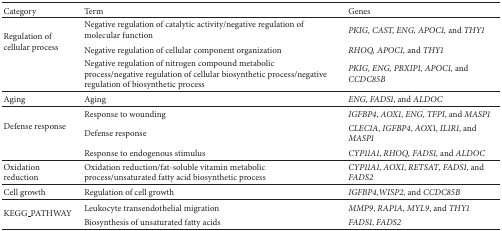
<table><thead><tr><td><b>Category</b></td><td><b>Term</b></td><td><b>Genes</b></td></tr></thead><tbody><tr><td rowspan="3">Regulation of cellular process</td><td>Negative regulation of catalytic activity/negative regulation of molecular function</td><td><i>PKIG, CAST, ENG, APOC1, </i>and <i>THY1</i></td></tr><tr><td>Negative regulation of cellular component organization</td><td><i>RHOQ, APOC1, </i>and <i>THY1</i></td></tr><tr><td>Negative regulation of nitrogen compound metabolic process/negative regulation of cellular biosynthetic process/negative regulation of biosynthetic process</td><td><i>PKIG, ENG, PBXIP1, APOC1, </i>and <i>CCDC85B</i></td></tr><tr><td>Aging </td><td>Aging</td><td><i>ENG</i>, <i>FADS1</i>, and <i>ALDOC</i></td></tr><tr><td rowspan="3">Defense response</td><td>Response to wounding</td><td><i>IGFBP4</i>, <i>AOX1</i>, <i>ENG</i>, <i>TFPI</i>, and <i>MASP1</i></td></tr><tr><td>Defense response</td><td><i>CLEC1A</i>, <i>IGFBP4</i>, <i>AOX</i>1, <i>IL1R1</i>, and <i>MASP1</i></td></tr><tr><td>Response to endogenous stimulus</td><td><i>CYP11A1</i>, <i>RHOQ, FADS1, </i>and <i>ALDOC</i></td></tr><tr><td>Oxidation reduction</td><td>Oxidation reduction/fat-soluble vitamin metabolic process/unsaturated fatty acid biosynthetic process</td><td><i>CYP11A1</i>, <i>AOX1</i>, <i>RETSAT</i>, <i>FADS1</i>, and <i>FADS2</i></td></tr><tr><td>Cell growth</td><td>Regulation of cell growth</td><td><i>IGFBP4,WISP2</i>, and <i>CCDC85B</i></td></tr><tr><td rowspan="2">KEGG_PATHWAY</td><td>Leukocyte transendothelial migration</td><td><i>MMP9</i>, <i>RAP1A</i>, <i>MYL9</i>, and <i>THY1</i></td></tr><tr><td>Biosynthesis of unsaturated fatty acids</td><td><i>FADS1</i>, <i>FADS2</i></td></tr></tbody></table>